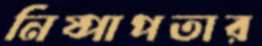
নিষ্পাপতার